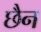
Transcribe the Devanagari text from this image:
छैन